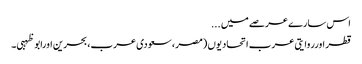
اس سارے عرصے میں ...
قطر اورروایتی عرب اتحادیوں (مصر، سعودی عرب، بحرین اورابو ظہبی۔